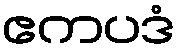
ဧကပဒံ